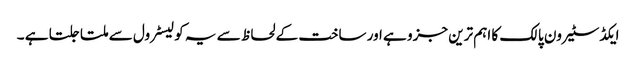
ایکڈسٹیرون پالک کا اہم ترین جزو ہے اور ساخت کے لحاظ سے یہ کولیسٹرول سے ملتا جلتا ہے ۔